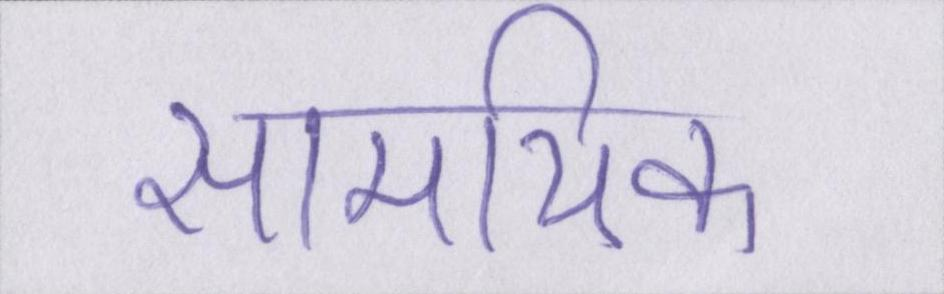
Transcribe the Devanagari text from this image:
सामयिक